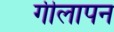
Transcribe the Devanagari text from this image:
गीलापन